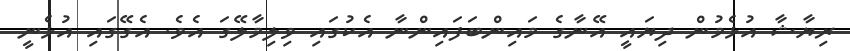
ރިޔާޝާ އުޅެމުން ދިޔައީ އޭނާގެ މައިންބަފައިންނާ އެކުގައި ވިލިމާލޭގަ އެވެ. އެގޭގައި އުޅެނީ